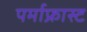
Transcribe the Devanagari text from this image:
पर्माफ्रास्ट